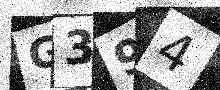
Text: G394